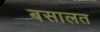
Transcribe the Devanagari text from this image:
बसालत